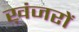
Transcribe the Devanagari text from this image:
ख़ंजरों